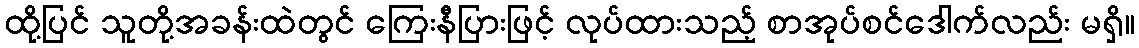
ထို့ပြင် သူတို့အခန်းထဲတွင် ကြေးနီပြားဖြင့် လုပ်ထားသည့် စာအုပ်စင်ဒေါက်လည်း မရှိ။